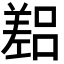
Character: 𫶴